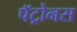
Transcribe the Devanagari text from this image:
पॅट्रोनस